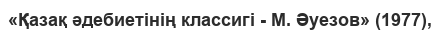
«Қазақ әдебиетінің классигі - М. Әуезов» (1977),